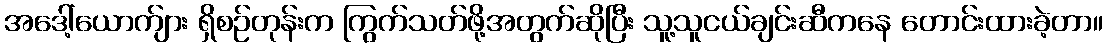
အဒေါ့်ယောက်ျား ရှိစဉ်တုန်းက ကြွက်သတ်ဖို့အတွက်ဆိုပြီး သူ့သူငယ်ချင်းဆီကနေ တောင်းထားခဲ့တာ။